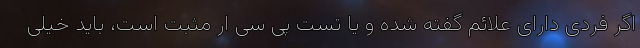
اگر فردی دارای علائم گفته شده و یا تست پی سی ار مثبت است، باید خیلی